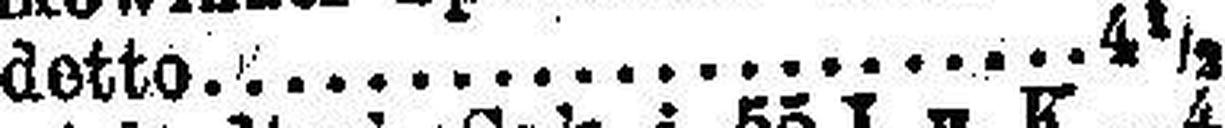
detto 4½